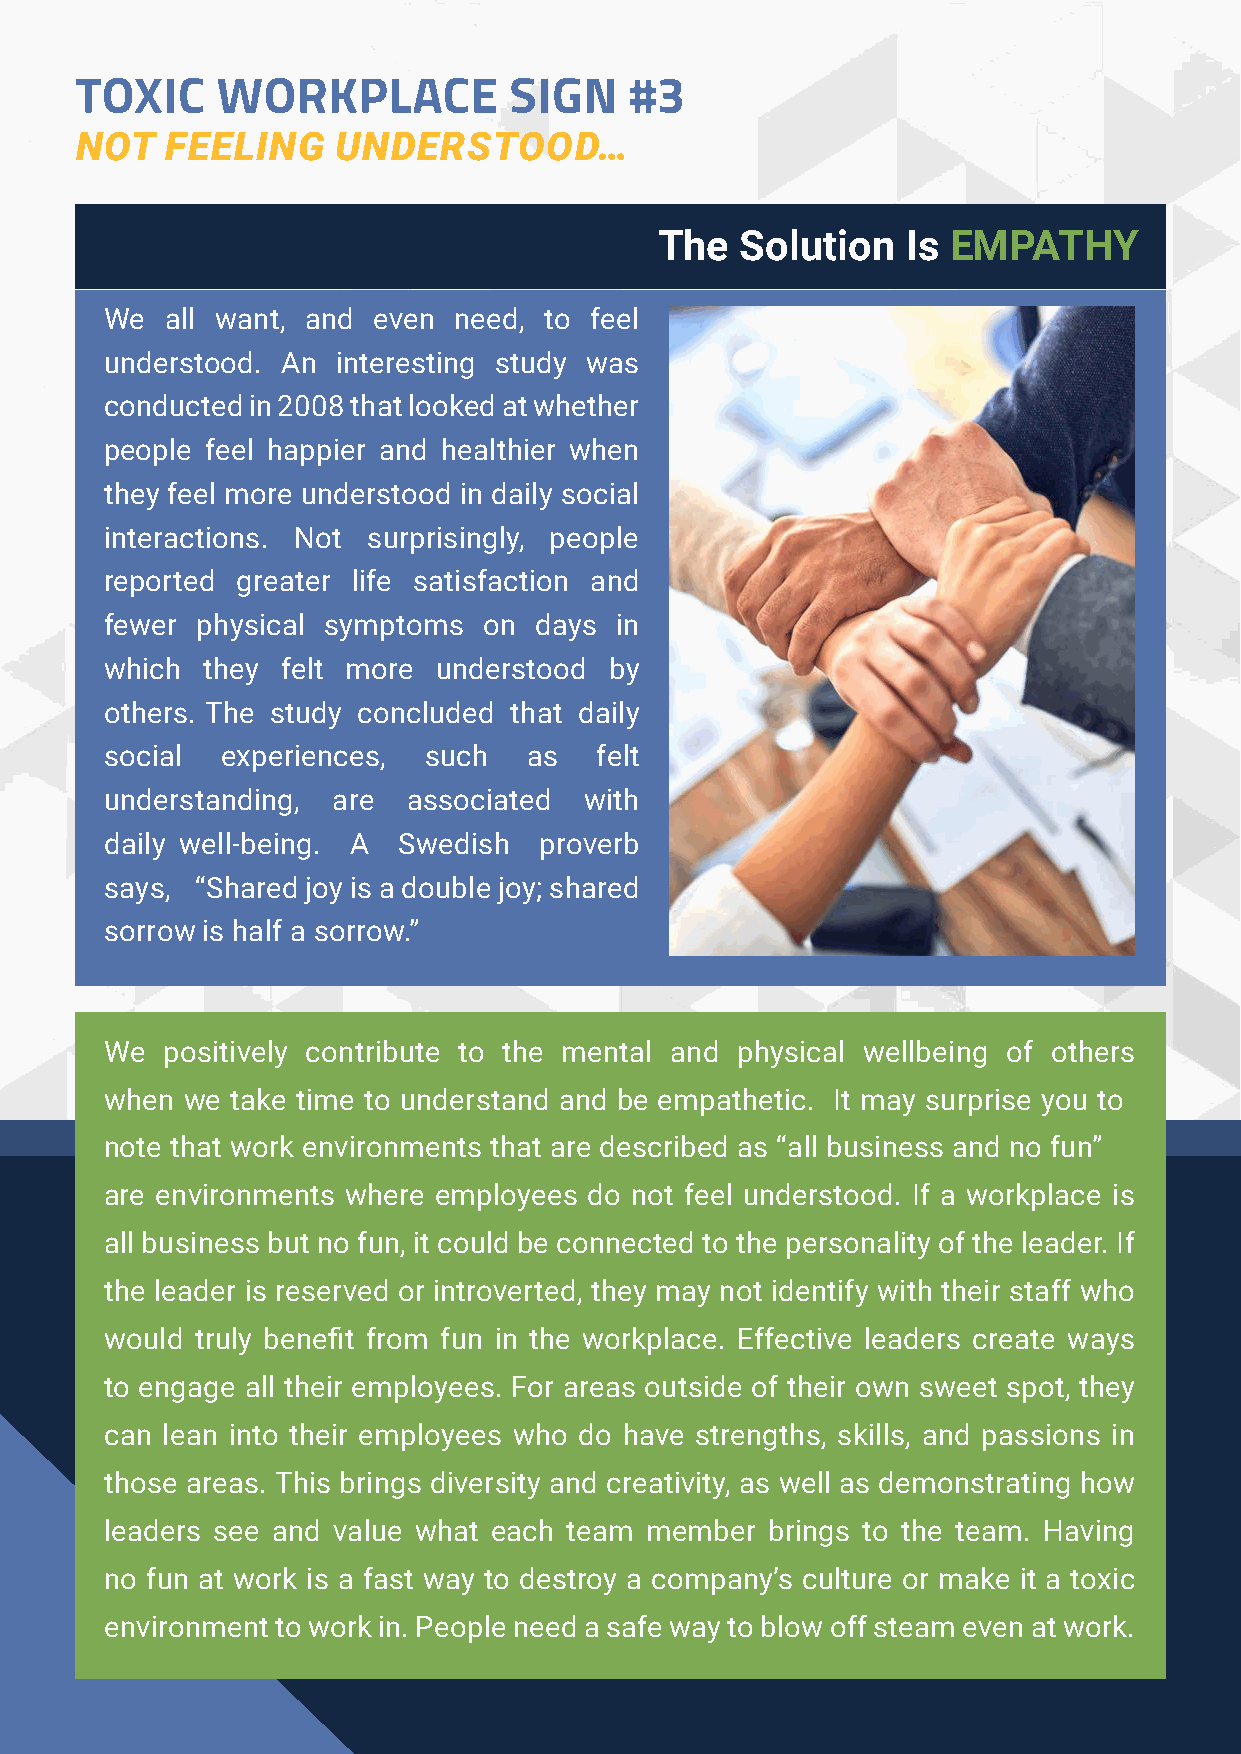
TOXIC    WORKPLACE           SIGN    #3
 NOT   FEELING    UNDERSTOOD…
 The  Solution   Is EMPATHY
 We  all want, and even need, to feel
 understood. An interesting study was
 conducted in 2008 that looked at whether
 people feel happier and healthier when
 they feel more understood in daily social
 interactions. Not surprisingly, people
 reported greater life satisfaction and
 fewer physical symptoms  on days  in
 which they  felt more understood by
 others. The study concluded that daily
 social  experiences, such   as  felt
 understanding, are  associated  with
 daily well-being. A Swedish  proverb
 says, “Shared joy is a double joy; shared
 sorrow is half a sorrow.”
 We  positively contribute to the mental and physical wellbeing of others
 when we take time to understand and be empathetic. It may surprise you to
 note that work environments that are described as “all business and no fun”
 are environments where employees do not feel understood. If a workplace is
 all business but no fun, it could be connected to the personality of the leader. If
 the leader is reserved or introverted, they may not identify with their staff who
 would truly benefit from fun in the workplace. Effective leaders create ways
 to engage all their employees. For areas outside of their own sweet spot, they
 can lean into their employees who do have strengths, skills, and passions in
 those areas. This brings diversity and creativity, as well as demonstrating how
 leaders see and value what each team member brings to the team. Having
 no fun at work is a fast way to destroy a company’s culture or make it a toxic
 environment to work in. People need a safe way to blow off steam even at work.